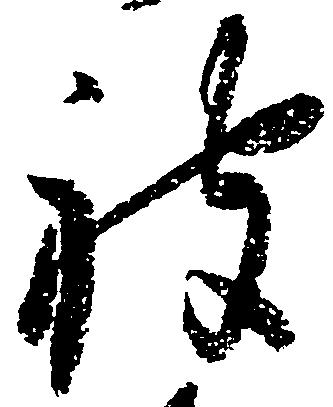
被